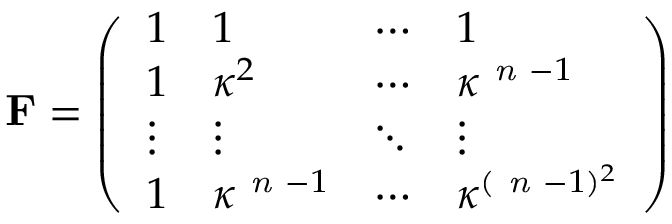
\mathbf { F } = \left( \begin{array} { l l l l } { 1 } & { 1 } & { \cdots } & { 1 } \\ { 1 } & { \kappa ^ { 2 } } & { \cdots } & { \kappa ^ { \textit { n } - 1 } } \\ { \vdots } & { \vdots } & { \ddots } & { \vdots } \\ { 1 } & { \kappa ^ { \textit { n } - 1 } } & { \cdots } & { \kappa ^ { ( \textit { n } - 1 ) ^ { 2 } } } \end{array} \right)